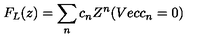
F _ { L } ( z ) = \sum _ { n } c _ { n } Z ^ { n } ( V e c c _ { n } = 0 )